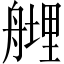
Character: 𱼼